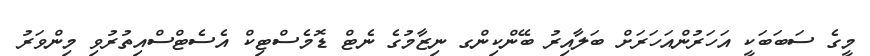
މީގެ ސަބަބަކީ އަހަރުންއަހަރަށް ބަލާއިރު ބޭންކިންގ ނިޒާމުގެ ނެޓް ޑޮމެސްޓިކް އެސެޓްސްއިތުރުވި މިންވަރު